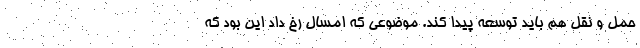
حمل و نقل هم باید توسعه پیدا کند. موضوعی که امسال رخ داد این بود که